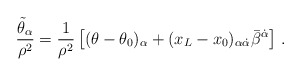
\begin{align*}\frac{\tilde{\theta}_\alpha}{\rho^2} =\frac{1}{\rho^2}\left[ (\theta-\theta_0)_\alpha +(x_L-x_0)_{\alpha\dot\alpha}\bar{\beta}^{\dot\alpha}\right]\, . \end{align*}